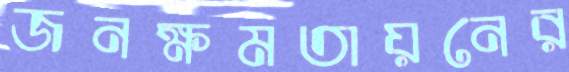
জনক্ষমতায়নের